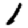
Digit: 1